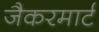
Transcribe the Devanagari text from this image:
जैकरमार्ट